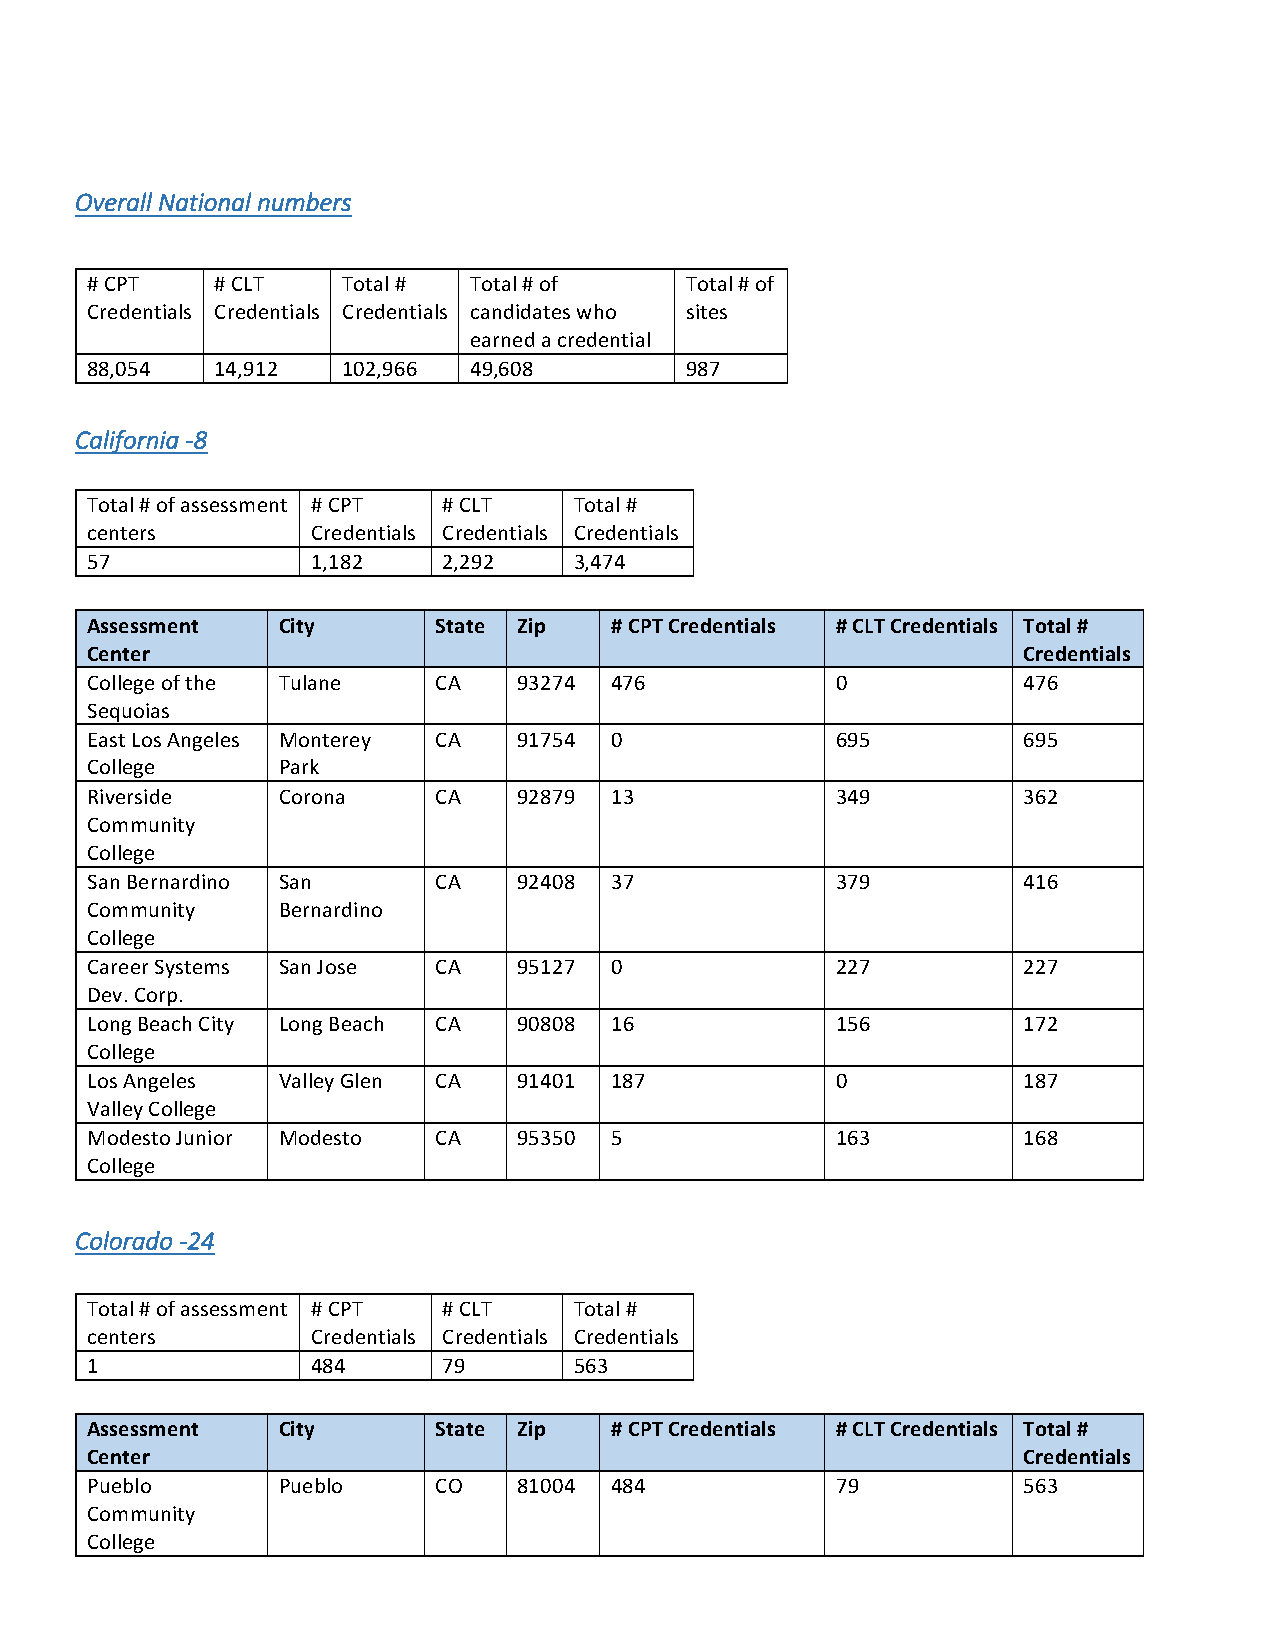
Overall National numbers
 # CPT   # CLT    Total # Total # of    Total # of
 Credentials Credentials Credentials candidates who sites
 earned a credential
 88,054  14,912   102,966 49,608        987
 California -8
 Total # of assessment # CPT # CLT Total #
 centers        Credentials Credentials Credentials
 57             1,182   2,292    3,474
 Assessment  City       State Zip  # CPT Credentials # CLT Credentials Total #
 Center                                                        Credentials
 College of the Tulane  CA   93274 476            0            476
 Sequoias
 East Los Angeles Monterey CA 91754 0             695          695
 College     Park
 Riverside   Corona     CA   92879 13             349          362
 Community
 College
 San Bernardino San     CA   92408 37             379          416
 Community   Bernardino
 College
 Career Systems San Jose CA  95127 0              227          227
 Dev. Corp.
 Long Beach City Long Beach CA 90808 16           156          172
 College
 Los Angeles Valley Glen CA  91401 187            0            187
 Valley College
 Modesto Junior Modesto CA   95350 5              163          168
 College
 Colorado -24
 Total # of assessment # CPT # CLT Total #
 centers        Credentials Credentials Credentials
 1              484     79       563
 Assessment  City       State Zip  # CPT Credentials # CLT Credentials Total #
 Center                                                        Credentials
 Pueblo      Pueblo     CO   81004 484            79           563
 Community
 College